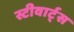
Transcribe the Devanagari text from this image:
स्टीवार्ट्स